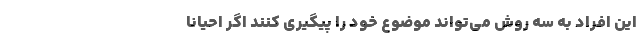
این افراد به سه روش می‌تواند موضوع خود را پیگیری کنند اگر احیاناً